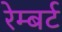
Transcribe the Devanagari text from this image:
रेम्बर्ट